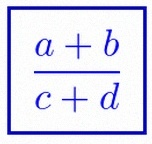
\frac{a+b}{c+d}